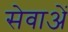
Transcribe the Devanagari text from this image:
सेवाअें